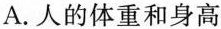
A.人的体重和身高